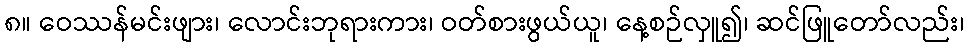
၈။ ဝေဿန်မင်းဖျား၊ လောင်းဘုရားကား၊ ဝတ်စားဖွယ်ယူ၊ နေ့စဉ်လှူ၍၊ ဆင်ဖြူတော်လည်း၊